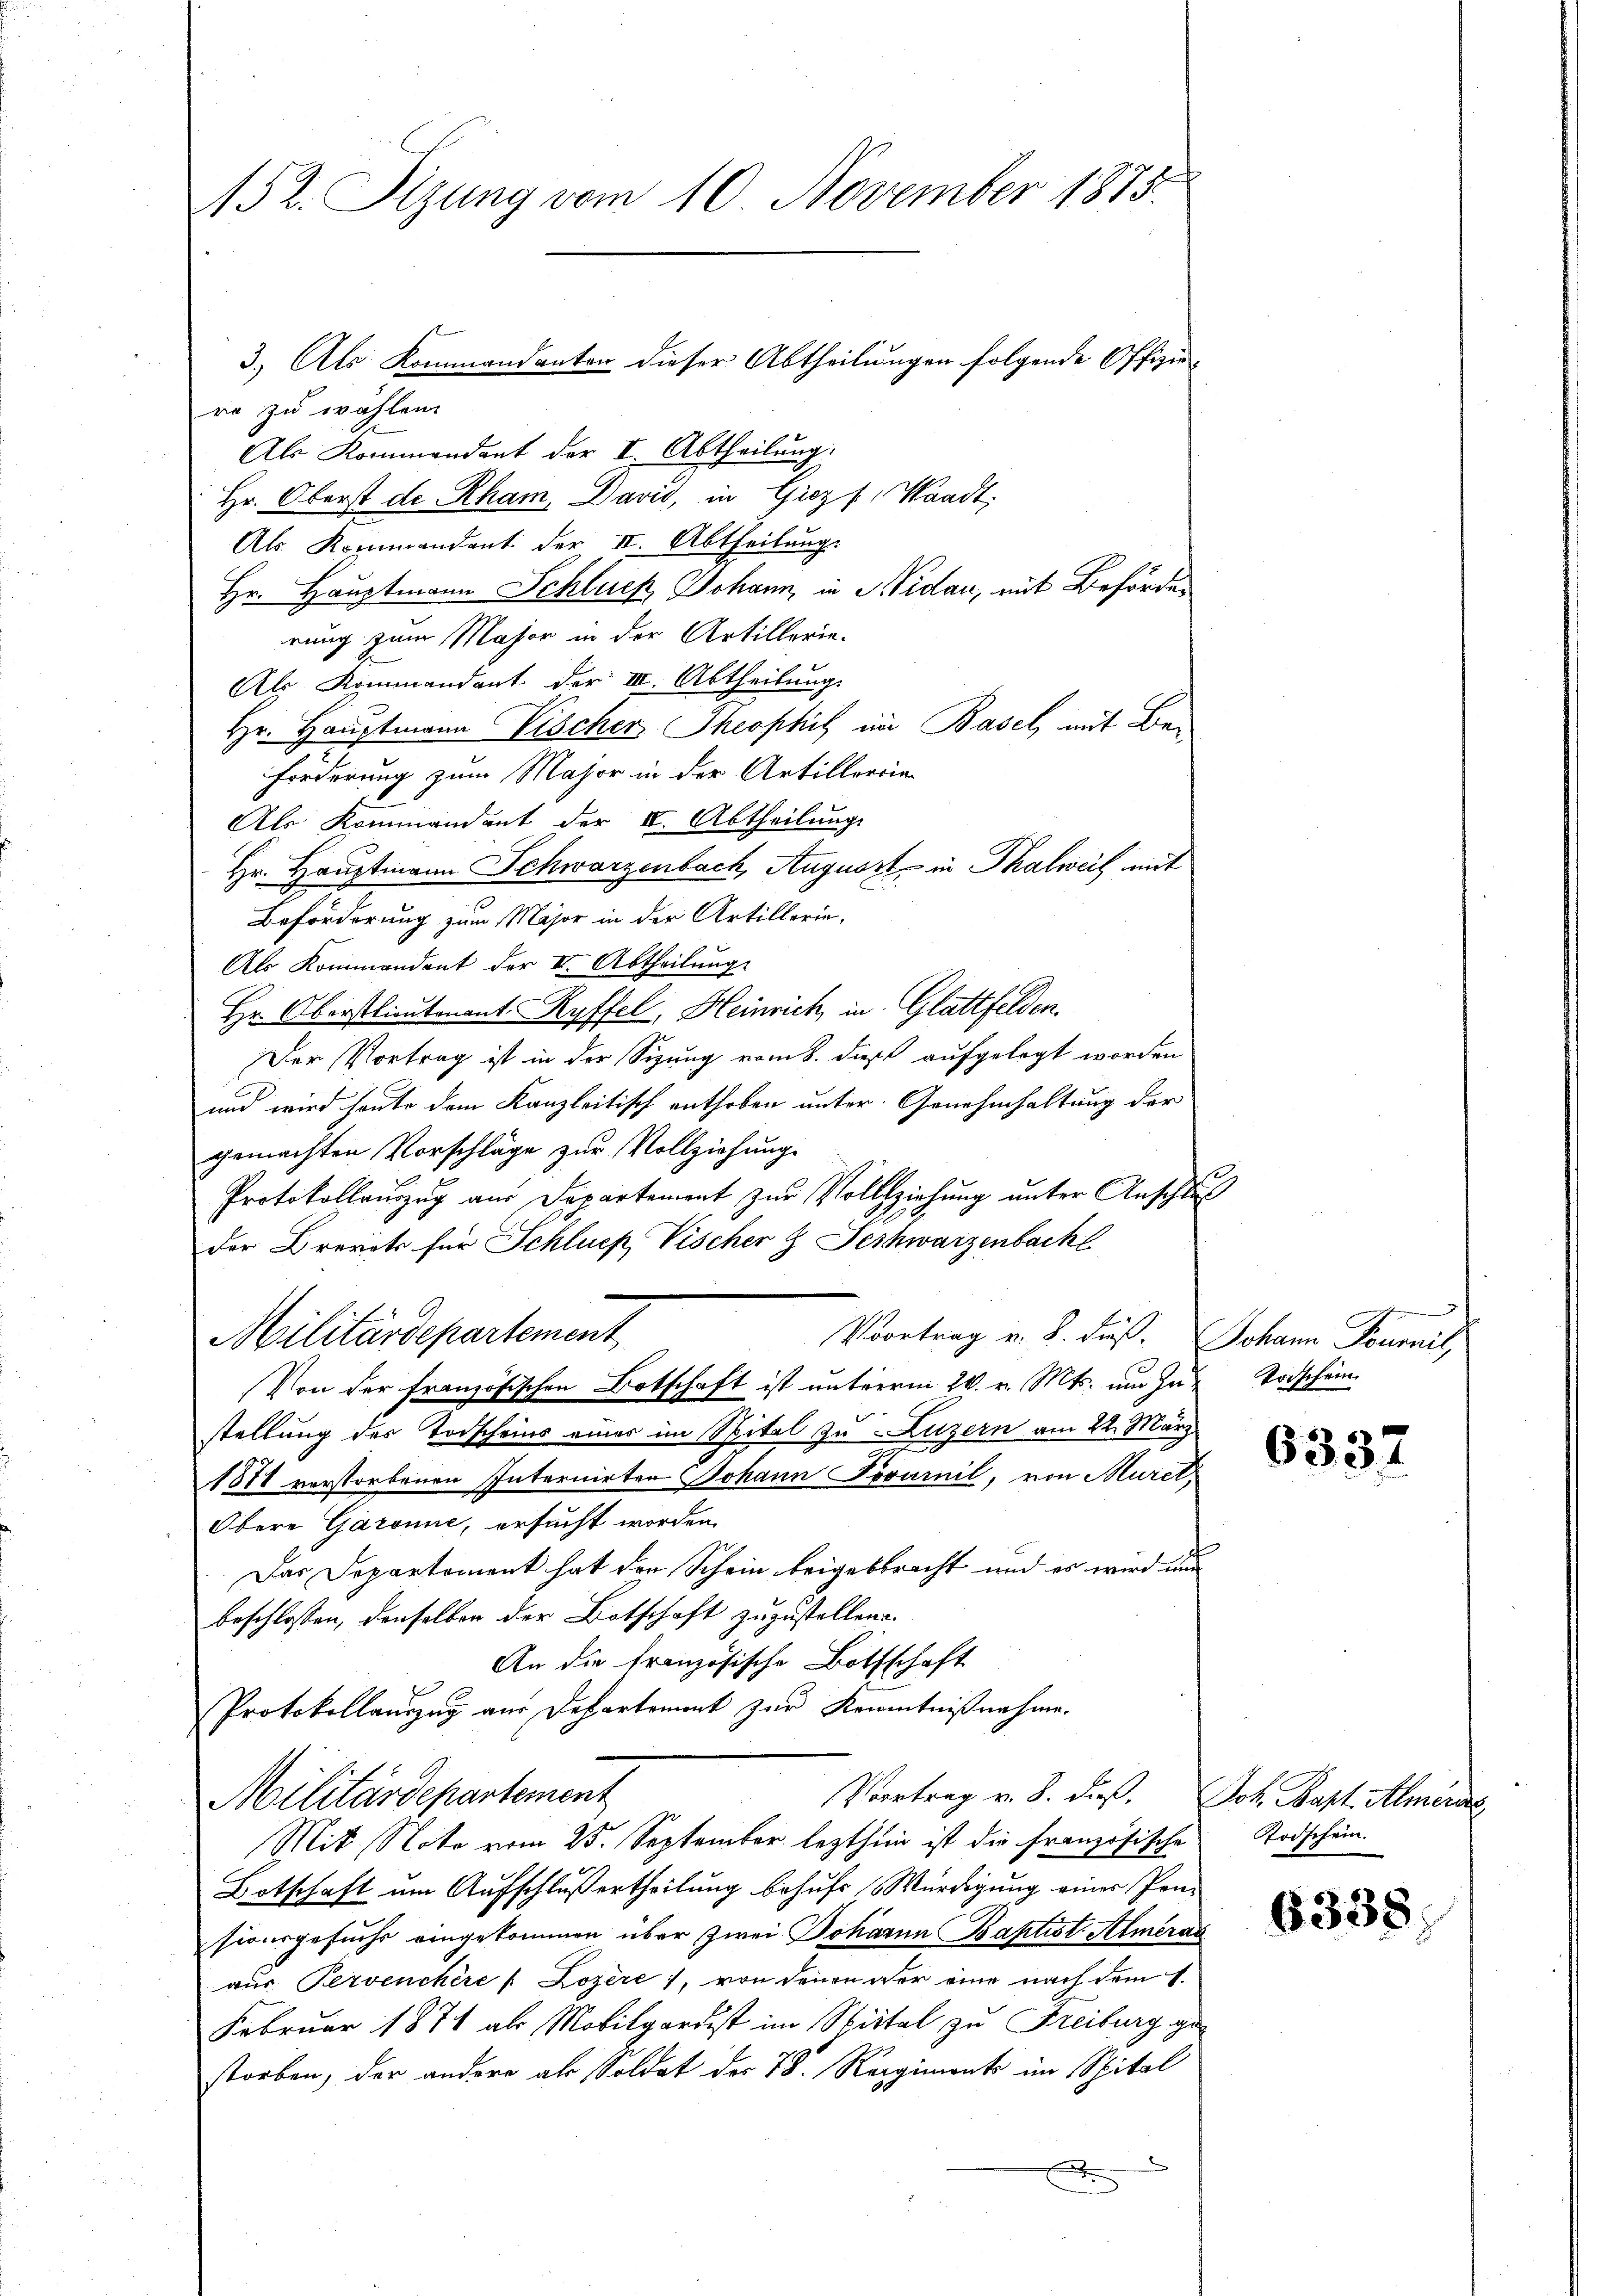
152. Sitzung vom 10. November 1875

3.) Als Kommandanten dieser Abtheilungen folgende Offizie-
ro zu wählen.
Als Kommendant der I. Abtheilung.
Hr. Oberst de Rham, Davis, in Giez f, Waadt,
Als Kommandant der II. Abtheilung.
Hr. Hauptmann Schluck, Johann, in Nidau, mit Behörden
rung zum Major in der Artillerie-
Als Kommandant der III. Abtheilung.
Hr. Hauptmann Vischer Theophie im Basel, mit Bei
Forderung zum Major in der Artillerria
Als Kommandant der I. Abtheilung
Hr. Hauptmann Schwarzenbach, August in Thalweil mit
Beförderung zum Major in der Artillerie,
Als Kommendent der II. Abtheilung.
Hr. Oberstlieutenant Ryffel, Heinrich, in Glattfelden.
Der Vortrag ist in der Sizung vom 8. dieß aufgelegt worden
und wird heute dem Kanzleitisch enthoben unter Genehmhaltung der
gemachten Vorschläge zur Vollziehung
Protokollauszug aus Departement zur Vollziehung unter Anschluß
der Brevets für Schließ, Vischer & Feschwarzenbach
Militärdepartement
Vvortrag v. 8. Fuß. Johann Tournil,
Von der französischen Botschaft ist unterm 20. v. Mts. um zur Todschein
stellung des Todscheins eines im Spital zu Luzern am 22. März
1874 verstorbenen Internirten Johann Povurnil, von Muret,
Obere Garonne, ersucht worden.
Das Departement hat den Schein beigebracht und es wird nun
beschlossen, denselben der Botschaft zuzustellen.
An die französische Bothschaft
Protokollauszug aus Departement zur Kenntnißnahme.
Vertrag v. 8. daß. Joh. Bapt. Almende
Militärdepartement
Mit Noto vom 25. September lezthin ist die Französische
Botschaft um Aufschluß ertheilung behufs Würdigung einer Ponsionsgesuchs eingekommen über zwei Johanna Baptist. Almeras
aus Pervenchère /: Lozere), von denen der eine nach dem 1.
Februar 1871 als Mobilgardest im Spittal zu Freiburg ge
storben, der andere als Soldat der 78. Regiments im Spital
D

2

6337

Todschein.

6338